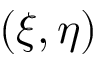
( \xi , \eta )